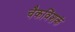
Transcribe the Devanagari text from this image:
चैकविंशकं